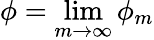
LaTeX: \phi=\operatorname*{lim}_{m\to\infty}\phi_{m}